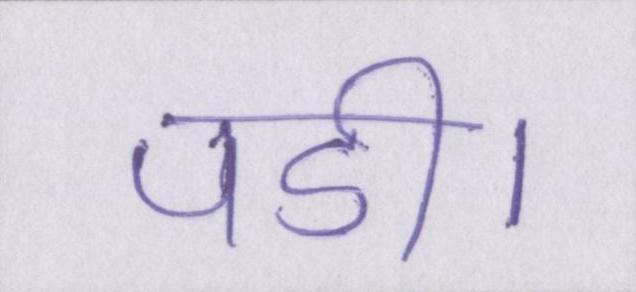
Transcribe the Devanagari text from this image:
पडी।